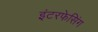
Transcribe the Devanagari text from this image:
इंटरफेसिंग